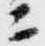
ニ